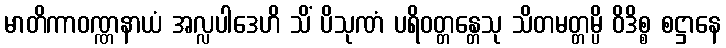
မာတိကာဝဏ္ဏနာယံ အလ္လပါဒေဟိ သိံ ပိသုဏံ ပရိဝတ္တန္တေသု သိတမတ္တမ္ပိ ဝိဒိစ္စ စဋ္ဌာနေ